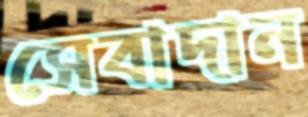
সেবাদান